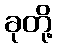
ခုတို့